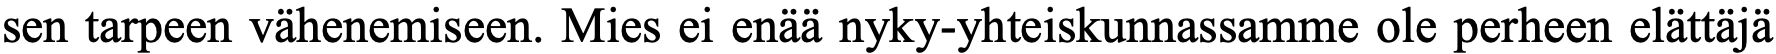
sen tarpeen vähenemiseen. Mies ei enää nyky-yhteiskunnassamme ole perheen elättäjä